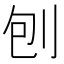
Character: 刨